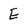
Character: E